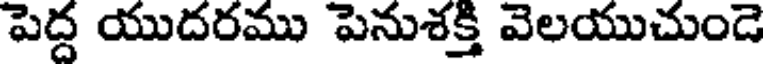
పెద్ద యుదరము పెనుశక్తి వెలయుచుండె